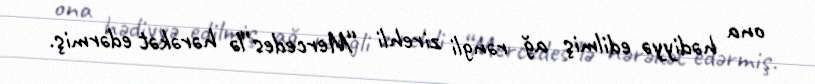
ona hədiyyə edilmiş ağ rəngli zirehli “Mercedes”lə hərəkət edərmiş.